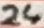
Text: 24